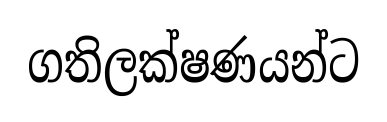
ගතිලක්ෂණයන්ට